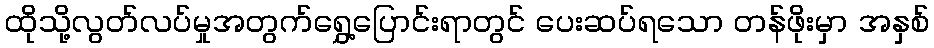
ထိုသို့လွတ်လပ်မှုအတွက်ရွှေ့ပြောင်းရာတွင် ပေးဆပ်ရသော တန်ဖိုးမှာ အနှစ်